Annual report of the Punjab Veterinary College and of the Civil Veterinary Department, Punjab - 1909-1919
Year: 1909
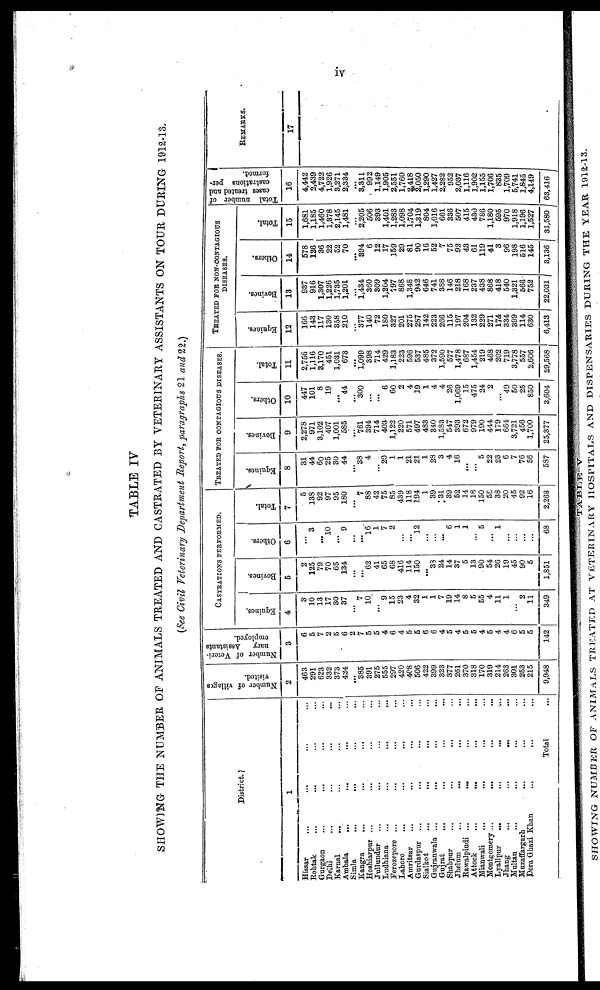
iv
TABLE IV
SHOWING THE NUMBER OF ANIMALS TREATED AND CASTRATED BY VETERINARY ASSISTANTS ON TOUR DURING 1912-13.
(See Civil Veterinary Department Report, paragraphs 21 and 22.)
District.
1
Hissar
...
...
...
...
Rohtak ... ... ... ...
Gurgaon
...
... ... ...
Delhi ... ... ... ...
Karnal
... ... ... ...
Ambala
...
... ... ...
Simla ... ... ... ...
Kangra ... ... ... ...
Hoshiarpur ...
... ... ...
Jullundur ... ... ... ...
Ludhiana ... ... ... ...
Ferozepore ... ... ... ...
Lahore ... ... ... ...
Amritsar ... ... ... ...
Gurdaspur ... ... ... ...
Sialkot ... ... ... ...
Gujranwala ...
...
...
...
Gujrat ... ... ... ...
Shahpur ... ... ... ...
Jhelum
...
... ... ...
Rawalpindi ... ... ... ...
Attock
...
...
...
...
Mianwali
...
...
...
Montgomery ... ... ... ...
Lyallpur
... ... ... ...
Jhang
...
...
...
...
Multan ... ... ... ...
Muzaffargarh
... ... ...
Dera Ghazi Khan ... ... ...
Total ...
Number of villages
visited.
2
463
291
623
332
373
424
...
385
391
275
555
297
420
408
506
422
399
323
377
261
370
318
170
319
214
263
301
253
215
9,948
Number of Veteri-
nary
Assistants
employed.
3
6
5
7
2
5
6
2
7
5
5
4
6
4
5
5
6
6
4
5
4
5
5
4
5
4
4
6
5
5
142
CASTRATIONS PERFORMED.
Equines.
4
3
10
13
17
30
37
... 7
10
...
9
15
23
4
32
1
1
7
19
14
8
5
55
4
11
1
...
2
11
349
Bovines.
5
2
125
79
70
65
134
...
...
62
41
65
68
416
114
150
...
33
24
14
37
5
13
90
54
26
19
45
90
5
1,851
Others.
6
...
3
...
10
...
9
...
...
16
1
7
2
...
...
12
...
...
...
6
1
1
...
5
...
1
...
...
.....
...
68
Total.
7
5
13S
92
97
95
180
... 7
88
42
75
85
439
118
194
1
39
31
39
52
14
18
150
58
38
20
45
92
16
2,268
TREATED FOR CONTAGIOUS DISEASES.
Equines.
8
31
44
60
25
30
44
... 38
4
...
20
1
1
21
21
1
28
3
4
16
...
...
5
22
23
6
7
76
56
587
Bovines.
9
2,278
971
3,102
407
1,001
585
...
761
394
714
403
1,122
220
571
497
483
340
1,533
547
393
672
979
190
444
179
664
3,721
456
1,700
25,377
Others.
10
447
101
8
19
...
44
...
300
...
...
6
60
2
4
19
1
4
4
26
1,069
15
475
24
2
...
49
50
25
850
3,604
Total.
11
2,756
1,116
3,170
451
1,031
673
...
1,099
398
714
429
1,183
223
596
537
485
372
1,590
577
1,478
6S7
1,454
219
468
202
719
3,778
557
2,606
29,568
TREATED FOR NON-CONTAGIOUS
DISEASES.
Equities.
12
166
143
117
130
358
210
...
377
140
72
180
327
201
275
287
142
223
266
115
197
204
132
229
271
174
334
399
114
630
6,413
Bovines.
13
937
916
1,307
1,226
1,735
1,201
...
1,434
360
309
1,204
797
868
1,348
942
646
741
388
146
218
168
237
438
868
418
540
1,321
566
752
22,031
Others.
14
578
126
36
22
52
70
...
394
6
12
17
159
29
81
90
16
52
7
75
92
43
61
119
41
3
96
198
516
145
3,136
Total.
15
1,681
1,185
1,460
1,378
2,145
1,481
2,205
506
393
1,401
1,283
1,098
1,704
1,319
804
1,016
661
336
507
415
430
786
1,180
595
970
1,918
1,196
1,527
31,580
Total number of
cases treated and
castrations per-
formed.
16
4,442
2,439
4,722
1,926
3,271
2,334
...
3,311
992
1,149
1,905
2,551
1,760
2,418
2,050
1,290
1,427
2,282
952
2,037
1,116
1,902
1,155
1,706
835
1,709
5,741
1,845
4,149
63,416
REMARKS.
17